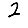
Digit: 2